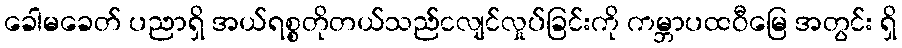
ခေါမခေတ် ပညာရှိ အယ်ရစ္စတိုတယ်သည်ငလျင်လှုပ်ခြင်းကို ကမ္ဘာပထဝီမြေ အတွင်း ရှိ